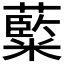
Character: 𮇽